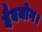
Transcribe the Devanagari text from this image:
दैवयोग।